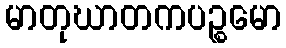
မာတုဃာတကပဉ္စမော